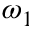
\omega _ { 1 }